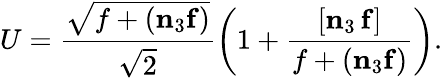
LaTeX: U=\frac{\sqrt{f+(\mathbf{n}_{3}\mathbf{f})}}{\sqrt{2}}\biggl(1+\frac{[\mathbf{n}_{3}\, \mathbf{f}]}{f+(\mathbf{n}_{3}\mathbf{f})}\biggr).